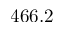
4 6 6 . 2